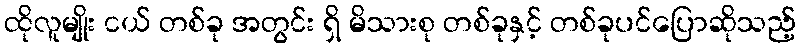
ထိုလူမျိုး ငယ် တစ်ခု အတွင်း ရှိ မိသားစု တစ်ခုနှင့် တစ်ခုပင်ပြောဆိုသည့်